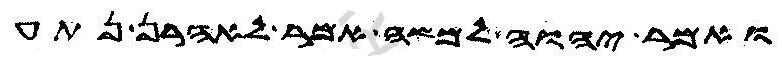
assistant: ואמר יהוה למשה אמר לאהרן נתע